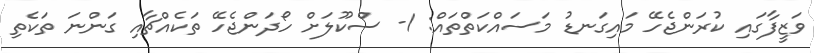
ވަޒީފާގައި ކުރަންޖެހޭ މައިގަނޑު މަސައްކަތްތައް: 1- ސްކޫލަށް ހޯދަންޖެހޭ ތަކެއްޗާއި ގަންނަ ތަކެތި